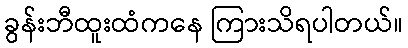
ခွန်းဘီထူးထံကနေ ကြားသိရပါတယ်။